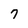
Character: 7